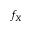
f _ { X }